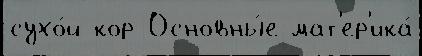
сухо́й кор Основны́е мат'ер'ика́